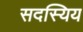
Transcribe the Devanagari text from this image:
सदस्यिय